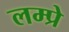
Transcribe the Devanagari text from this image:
लम्प्रे